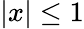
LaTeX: \vert x\vert\le 1